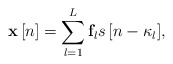
\begin{align*} {\bf{x}}\left[ n \right] = \sum\limits_{l = 1}^L {{{\bf{f}}_l}s\left[ {n - {\kappa _l}} \right]}, \end{align*}